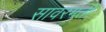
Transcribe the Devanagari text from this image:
सावरमती